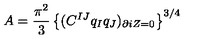
A = { \frac { \pi ^ { 2 } } { 3 } } \left\{ ( C ^ { I J } q _ { I } q _ { J } ) _ { \partial i Z = 0 } \right\} ^ { 3 / 4 }